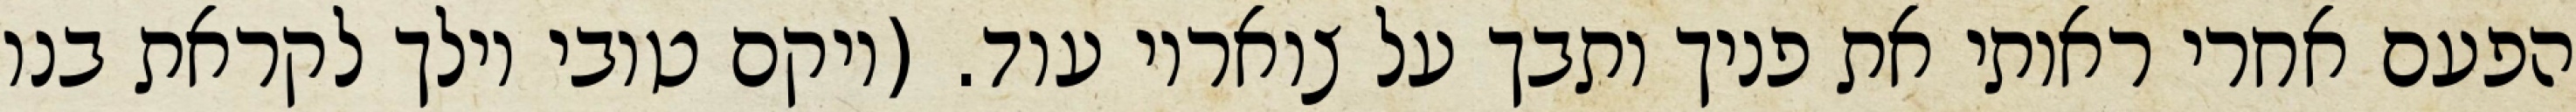
הפעם אחרי ראותי את פניך ותבך על צואריו עוד. (ויקם טובי וילך לקראת בנו